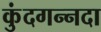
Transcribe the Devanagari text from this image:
कुंदगन्नदा